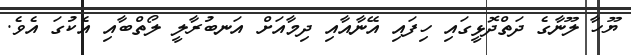
ޔޫހާ ލޫނާގެ ދަތްދޮޅީގައި ހިފައި އޭނާއާއި ދިމާއަށް އަނބުރާލީ ލޯތްބާއި އެކުގަ އެވެ.